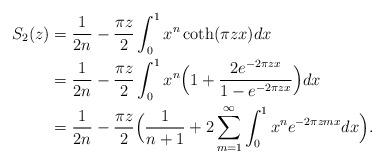
LaTeX: \begin{align*}S_2(z) & = \frac{1}{2n} - \frac{\pi z}{2} \int_0^1 x^{n} \coth(\pi z x)dx \\& = \frac{1}{2n} - \frac{\pi z}{2} \int_0^1 x^{n} \Big (1 + \frac{2e^{-2\pi zx}}{1-e^{-2\pi zx}}\Big ) dx \\& = \frac{1}{2n} - \frac{\pi z}{2} \Big ( \frac{1}{n+1} + 2 \sum_{m=1}^\infty \int_0^1 x^{n} e^{-2\pi z m x}dx \Big ).\end{align*}